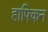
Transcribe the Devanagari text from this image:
हाफ्किन